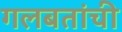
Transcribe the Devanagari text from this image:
गलबतांची